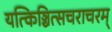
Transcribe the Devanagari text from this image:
यत्किञ्चित्सचराचरम्